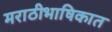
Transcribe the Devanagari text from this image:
मराठीभाषिकात